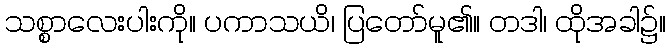
သစ္စာလေးပါးကို။ ပကာသယိ၊ ပြတော်မူ၏။ တဒါ၊ ထိုအခါ၌။